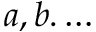
a , b . \ldots